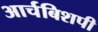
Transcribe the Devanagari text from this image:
आर्चबिशपी